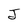
Character: J